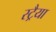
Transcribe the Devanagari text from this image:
स्ट्रैया